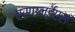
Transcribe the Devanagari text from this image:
एसएनईएस